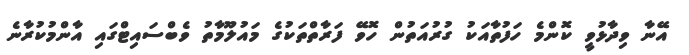
އޭނާ ވިދާޅުވީ ކޮންމެ ހަފުތާއަކު ގުރުއަތުން ހޮވޭ ފަރާތްތަކުގެ މައުލޫމާތު ވެބްސައިޓްގައި އާންމުކުރާނެ